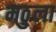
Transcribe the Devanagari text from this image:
मठुला